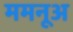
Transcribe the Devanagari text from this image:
ममनूअ